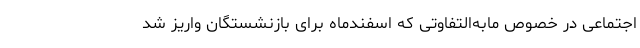
اجتماعی در خصوص مابه‌التفاوتی که اسفندماه برای بازنشستگان واریز شد